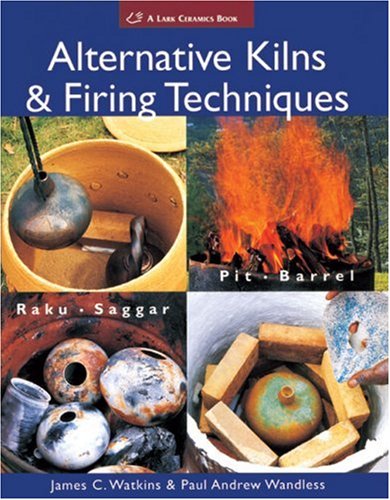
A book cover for Alternative Kilns & Firing Techniques: Raku * Saggar * Pit * Barrel (A Lark Ceramics Book); James C. Watkins; Engineering & Transportation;